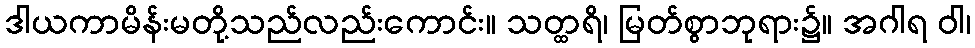
ဒါယကာမိန်းမတို့သည်လည်းကောင်း။ သတ္ထရိ၊ မြတ်စွာဘုရား၌။ အဂါရ ဝါ၊